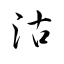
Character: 沽